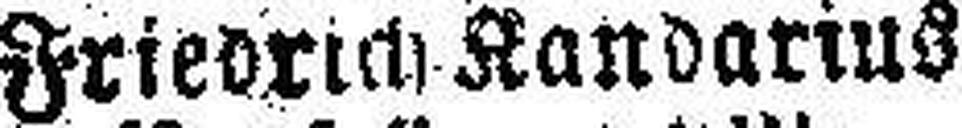
Friedrich Randarius